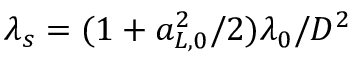
\lambda _ { s } = ( 1 + a _ { L , 0 } ^ { 2 } / 2 ) \lambda _ { 0 } / D ^ { 2 }